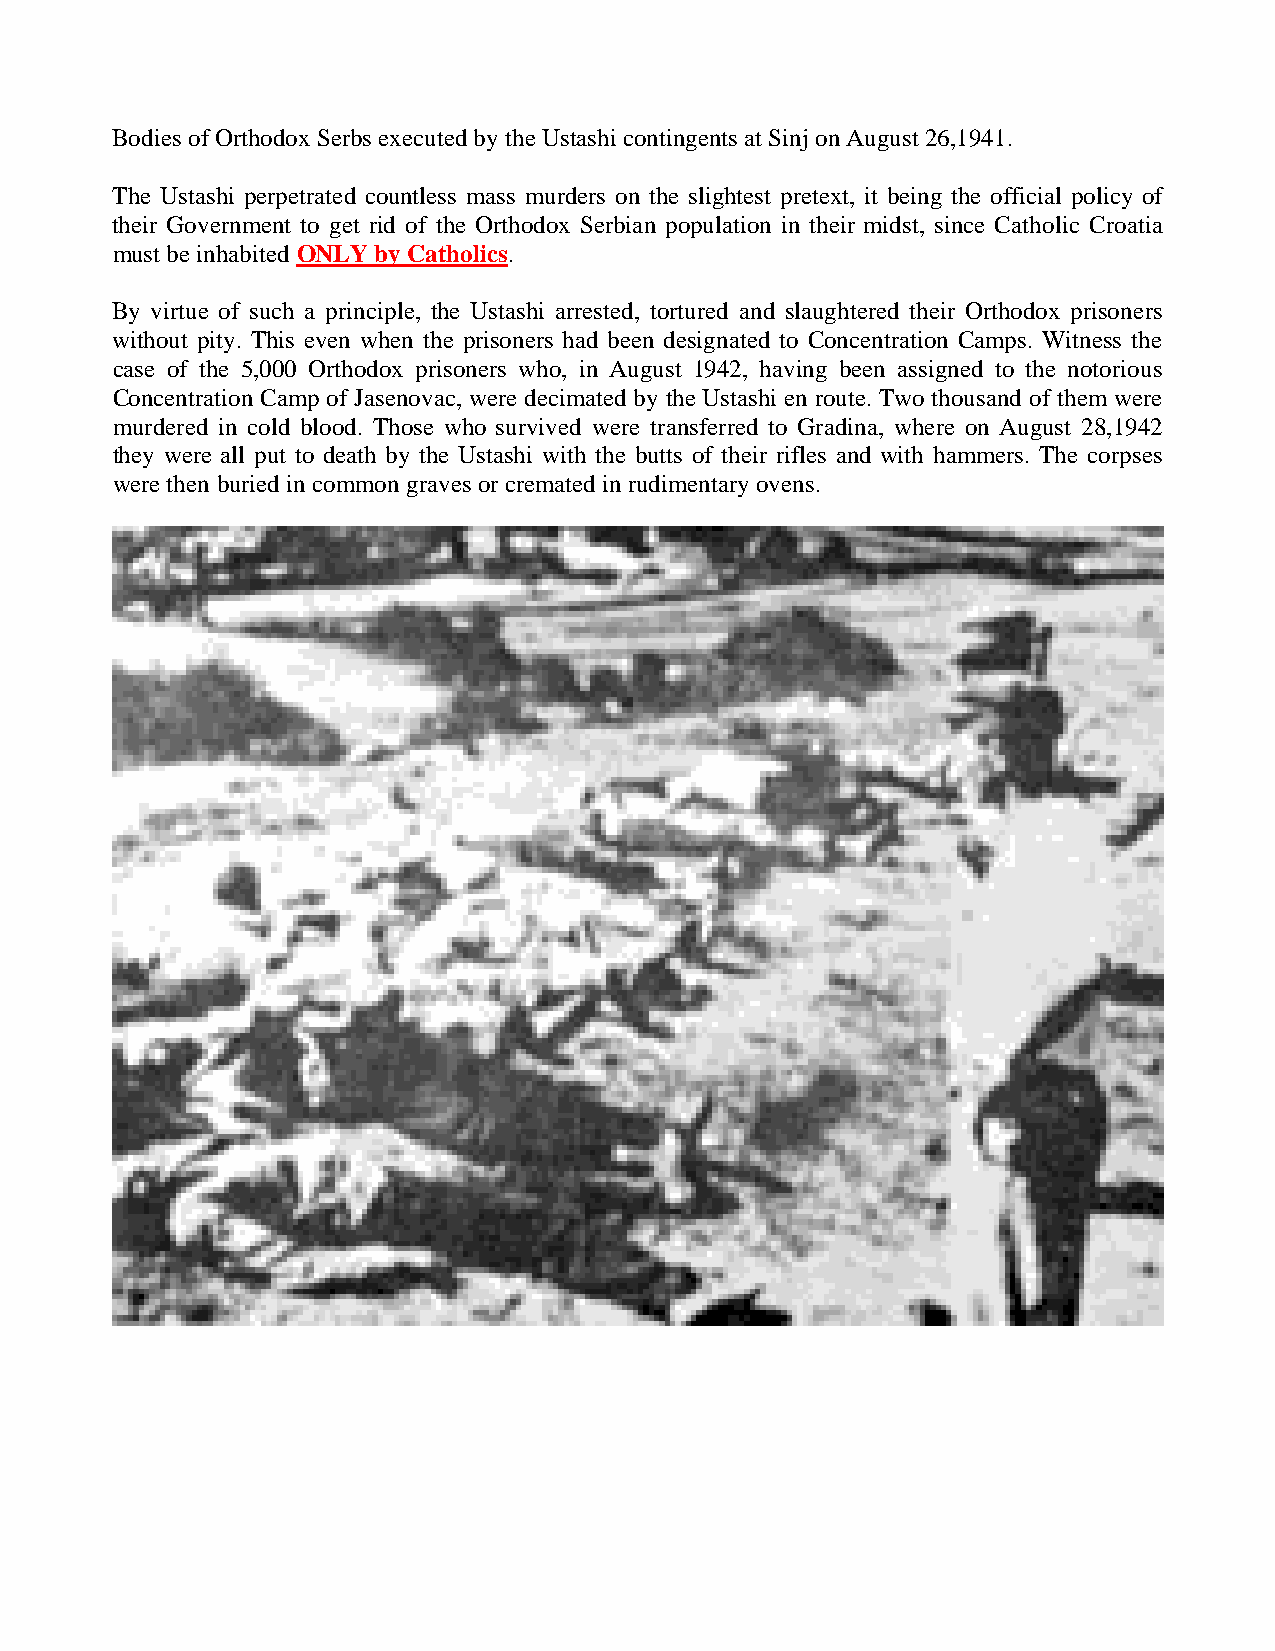
Bodies of Orthodox Serbs executed by the Ustashi contingents at Sinj on August 26,1941.
 The Ustashi perpetrated countless mass murders on the slightest pretext, it being the official policy of
 their Government to get rid of the Orthodox Serbian population in their midst, since Catholic Croatia
 must be inhabited ONLY by Catholics.
 By virtue of such a principle, the Ustashi arrested, tortured and slaughtered their Orthodox prisoners
 without pity. This even when the prisoners had been designated to Concentration Camps. Witness the
 case of the 5,000 Orthodox prisoners who, in August 1942, having been assigned to the notorious
 Concentration Camp of Jasenovac, were decimated by the Ustashi en route. Two thousand of them were
 murdered in cold blood. Those who survived were transferred to Gradina, where on August 28,1942
 they were all put to death by the Ustashi with the butts of their rifles and with hammers. The corpses
 were then buried in common graves or cremated in rudimentary ovens.